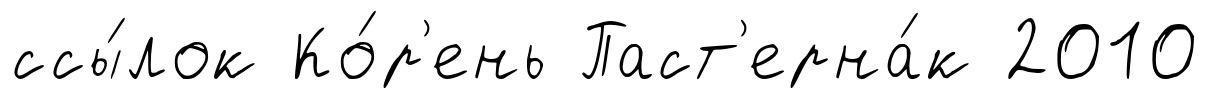
ссы́лок Ко́р'ень Паст'ерна́к 2010